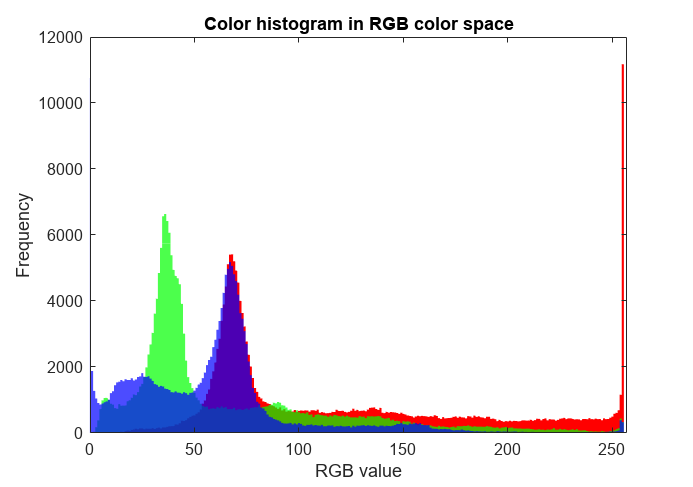
matlab, histogram